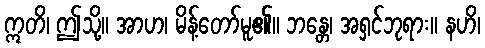
ဣတိ၊ ဤသို့။ အာဟ၊ မိန့်တော်မူ၏။ ဘန္တေ၊ အရှင်ဘုရား။ နဟိ၊